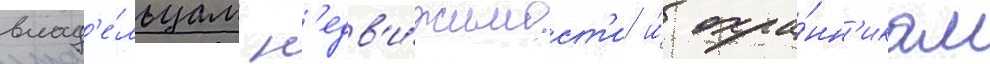
влад'е́льцам н'едв'и́жимост'и и́ охра́нн'икам